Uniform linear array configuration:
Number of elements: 32
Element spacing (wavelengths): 0.5
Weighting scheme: kaiser
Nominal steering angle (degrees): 45
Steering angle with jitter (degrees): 43.841
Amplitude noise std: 0.05
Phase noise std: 0.05

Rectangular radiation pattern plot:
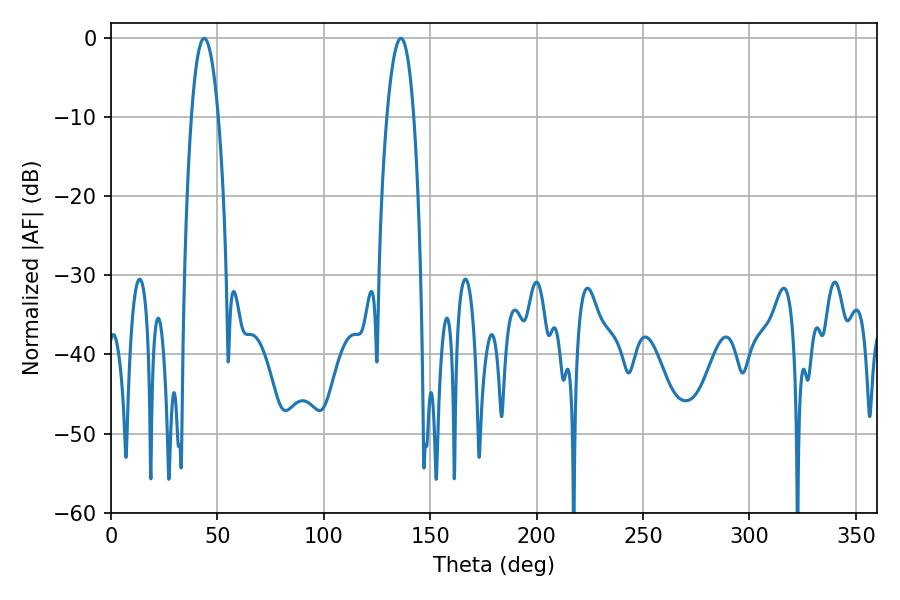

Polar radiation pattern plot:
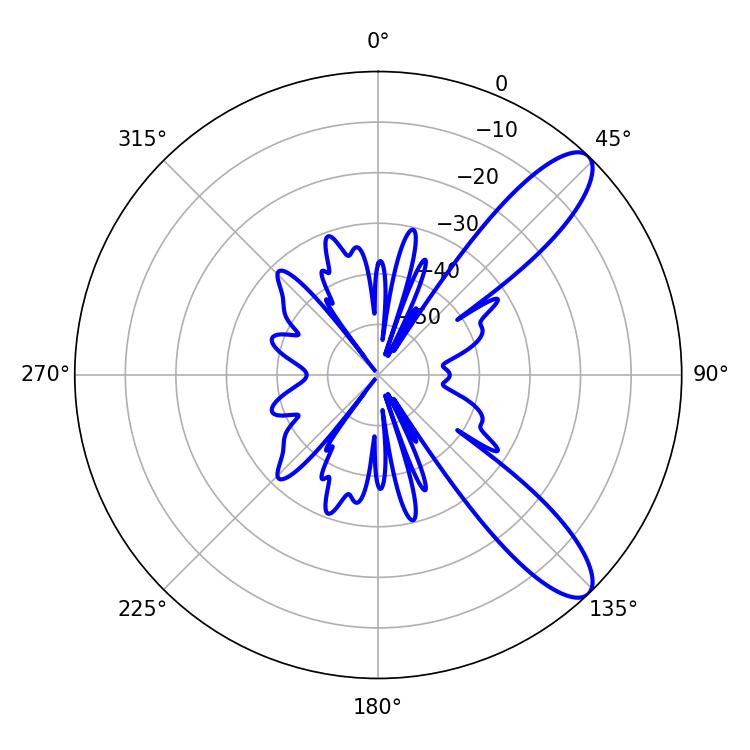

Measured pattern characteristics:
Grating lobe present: FALSE
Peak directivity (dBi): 10.42
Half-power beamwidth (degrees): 7.02
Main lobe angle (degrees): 43.74